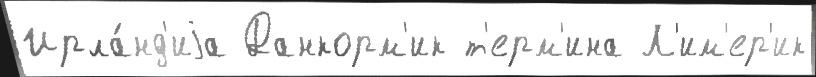
Ирла́нд'иjа Данкорм'ик т'ерм'ина Л'им'ер'ик